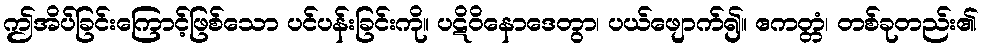
ဤအိပ်ခြင်းကြောင့်ဖြစ်သော ပင်ပန်းခြင်းကို။ ပဋိဝိနောဒေတွာ၊ ပယ်ဖျောက်၍။ ဧကတ္တံ၊ တစ်ခုတည်း၏